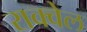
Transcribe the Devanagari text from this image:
राक्वेल